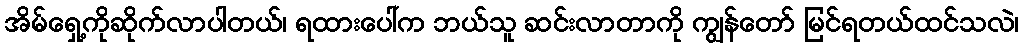
အိမ်ရှေ့ကိုဆိုက်လာပါတယ်၊ ရထားပေါ်က ဘယ်သူ ဆင်းလာတာကို ကျွန်တော် မြင်ရတယ်ထင်သလဲ၊